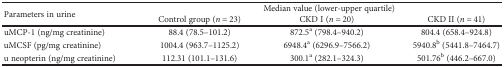
| <ROWSPAN=2> Parameters in urine | <COLSPAN=3> Median value (lower-upper quartile) |
 | Control group (n = 23) | CKD I (n = 20) | CKD II (n = 41) |
 | --- | --- | --- | --- |
 | uMCP-1 (ng/mg creatinine) | 88.4 (78.5–101.2) | 872.5a (798.4–940.2) | 804.4 (658.4–924.8) |
 | uMCSF (pg/mg creatinine) | 1004.4 (963.7–1125.2) | 6948.4a (6296.9–7566.2) | 5940.8b (5441.8–7464.7) |
 | u neopterin (ng/mg creatinine) | 112.31 (101.1–131.6) | 300.1a (282.1–324.3) | 501.76b (446.2–667.0) |